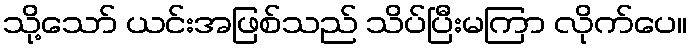
သို့သော် ယင်းအဖြစ်သည် သိပ်ပြီးမကြာ လိုက်ပေ။